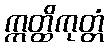
ဣတ္ထိကုတ္တံ